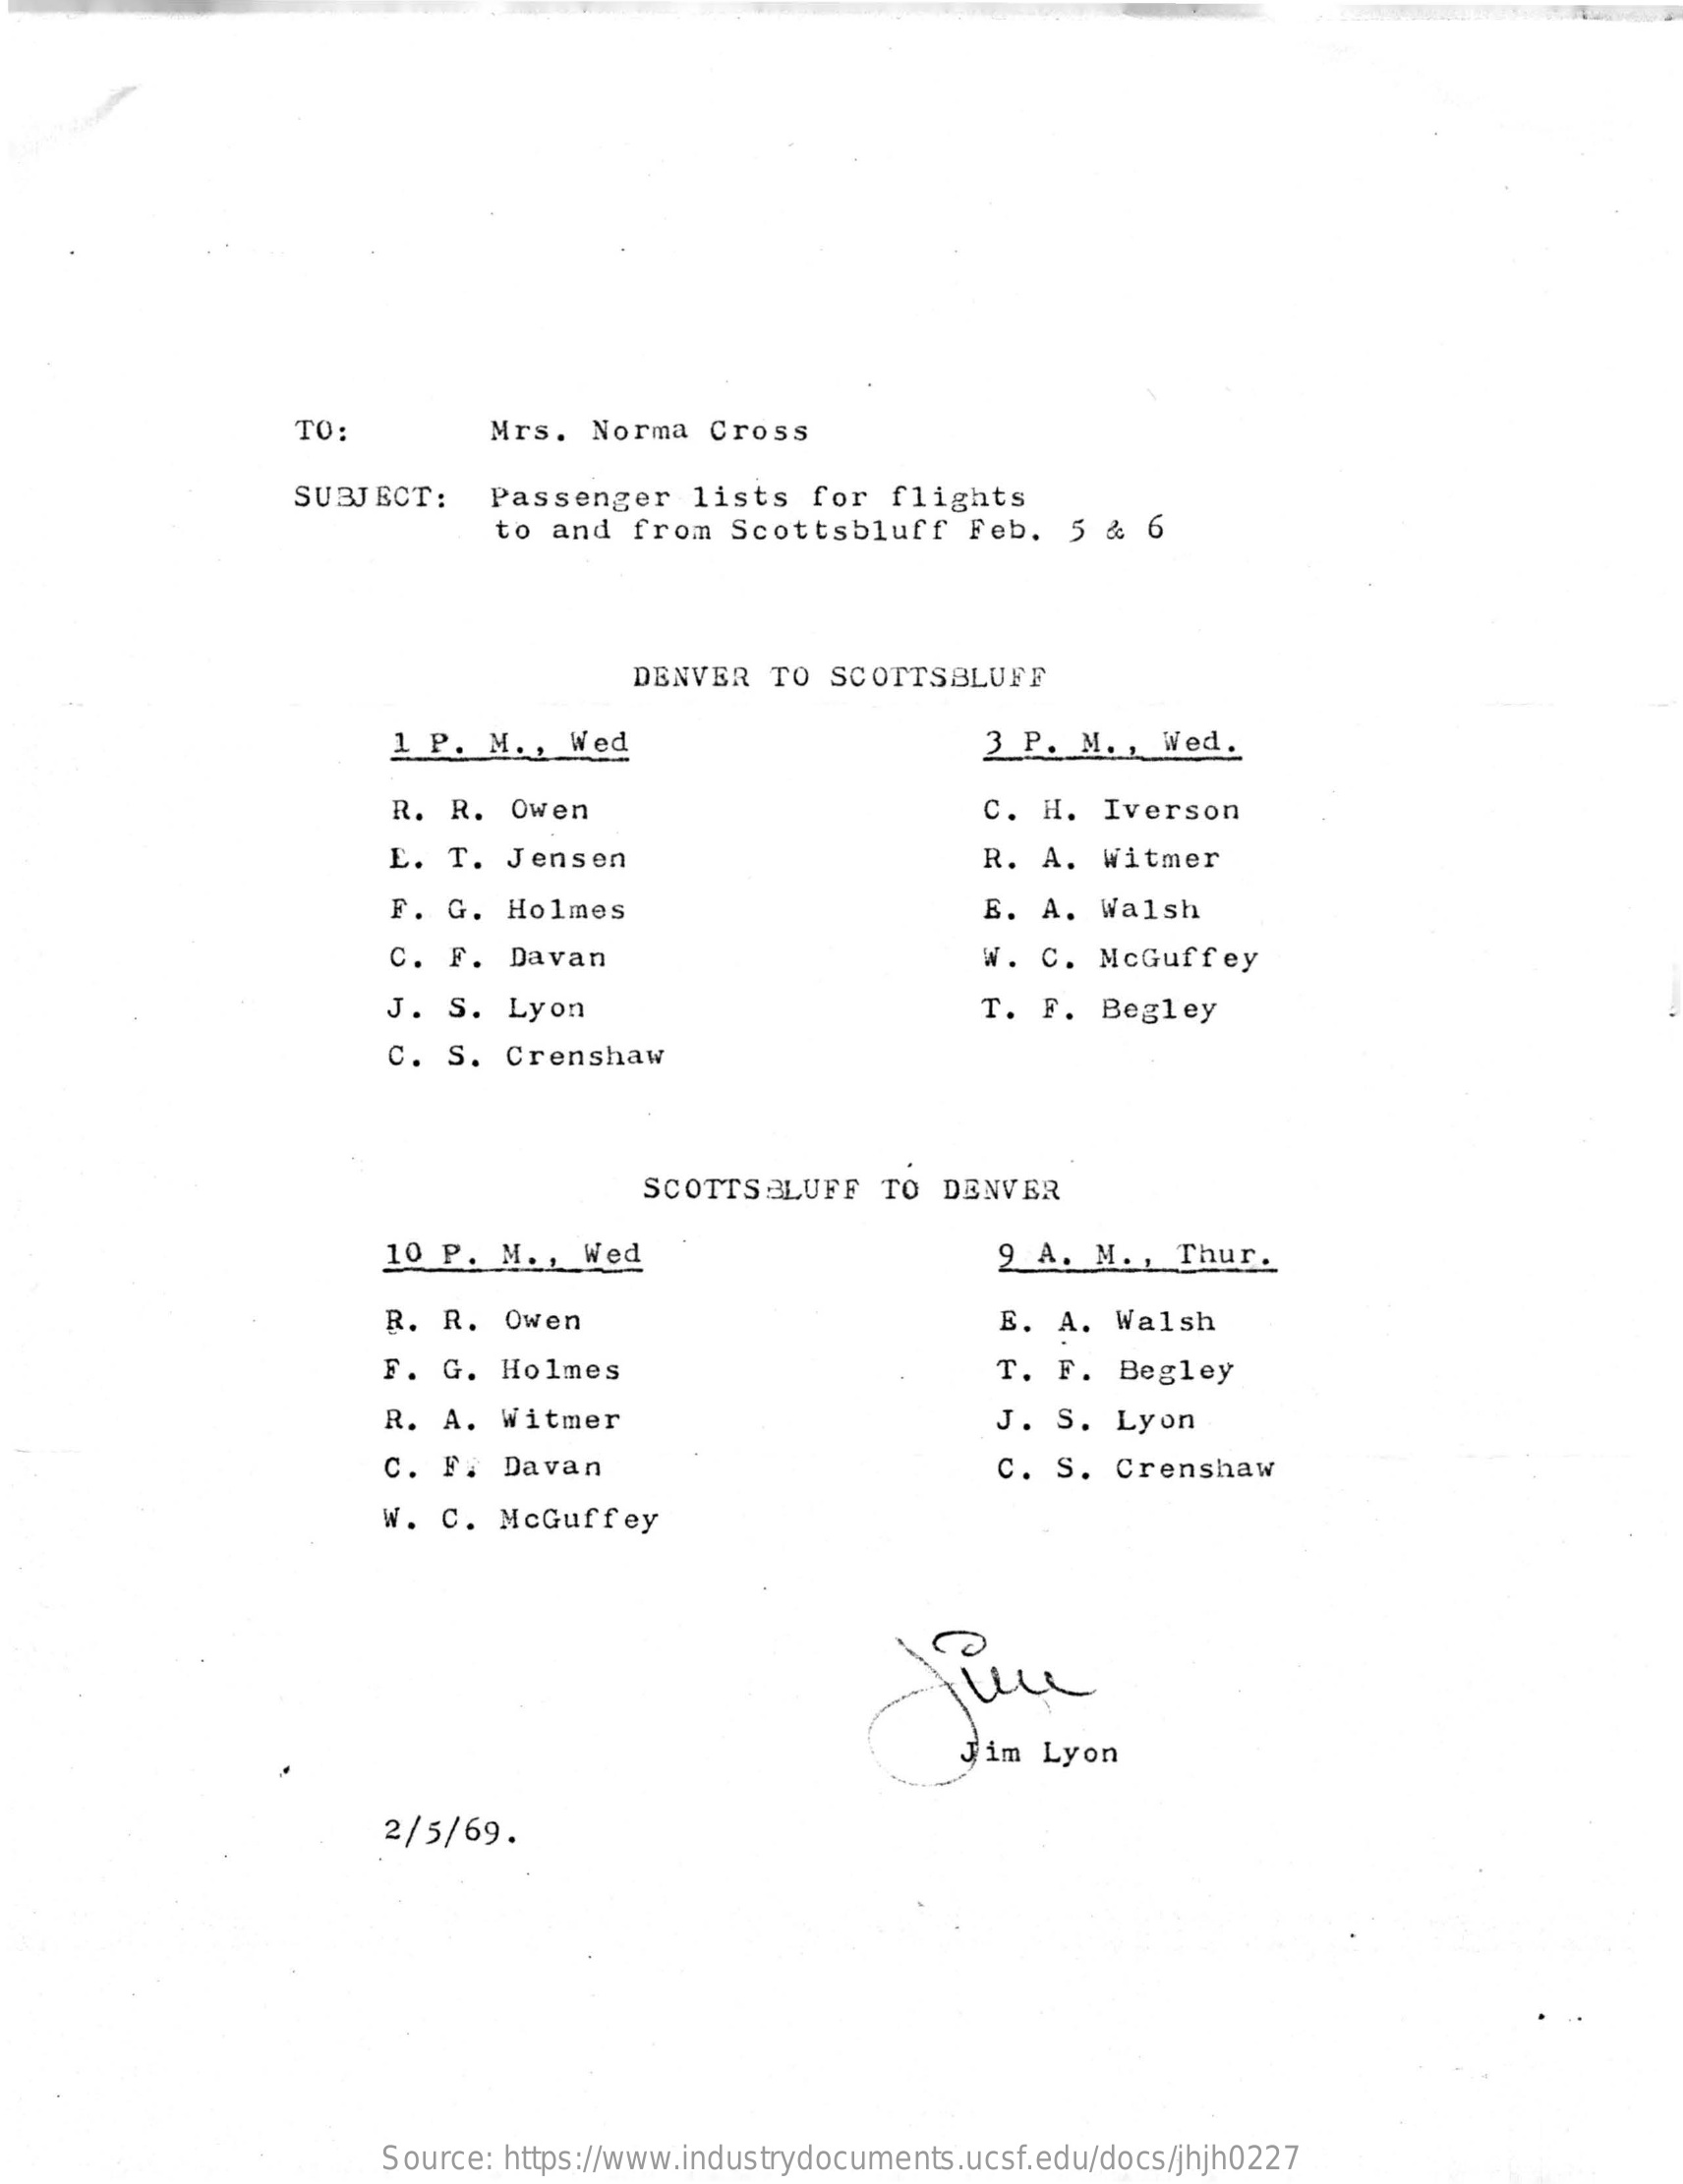
TO:    Mrs.   Norma   Cross
     SUBJECT:    Passenger    lists   for  flights
     to and  from   Scottsbluff    Feb.   5 &  6
     DENVER  TO  SCOTTSBLUFF
     1 P.  M. ,  Wed    3  P. M. ,  Wed.
     R.  R.  Owen    C.  H.  Iverson
     E.  T. Jensen    R.  A.  Witmer
     F. G.  Holmes    E.  A.  Walsh
     C.  F. Davan    W.  C. McGuffey
     J.  S. Lyon    T.  F.  Begley
     C. S.  Crenshaw
     SCOTTSBLUFF    TO DENVER
     10 P.  M. , Wed    9  A. M. ,  Thur.
     R. R.  Owen    E.  A. Walsh
     F. G.  Holmes    T.  F.  Begley
     R. A.  Witmer    J.  S. Lyon
     C.  F.  Davan    C.  S. Crenshaw
     W.  C.  McGuffey
     Jim  Lyon
     2/5/69.
     Source: https://www.industrydocuments.ucsf.edu/docs/jhjh0227